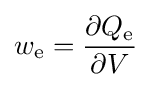
w_{\mathrm {e} }={\frac {\partial Q_{\mathrm {e} }}{\partial V}}